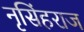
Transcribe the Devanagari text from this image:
नृसिंहराज